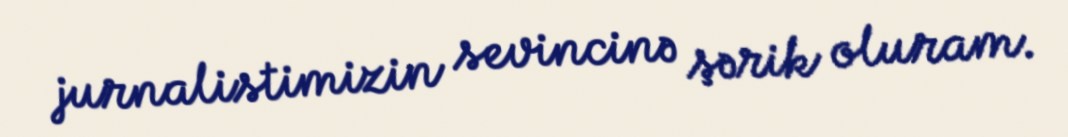
jurnalistimizin sevincinə şərik oluram.